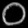
Digit: ၀